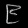
Digit: ၉